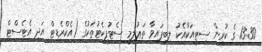
13:30 ގެ ކުރިން ސިޓީއަކާއެކު ލިބިފައިވާ ތަޢުލީމީ ސެޓުފިކެޓުތަކުގެ (އެކްރެޑިޓް އަދި އެޓެސްޓް